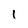
Character: l